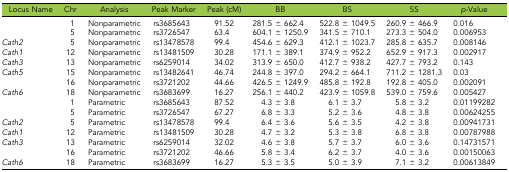
<table><thead><tr><td><b>Locus Name</b></td><td><b>Chr</b></td><td><b>Analysis</b></td><td><b>Peak Marker</b></td><td><b>Peak (cM)</b></td><td><b>BB</b></td><td><b>BS</b></td><td><b>SS</b></td><td><b><i>p</i>-Value</b></td></tr></thead><tbody><tr><td></td><td>1</td><td>Nonparametric</td><td>rs3685643</td><td>91.52</td><td>281.5 ± 662.4</td><td>522.8 ± 1049.5</td><td>260.9 ± 466.9</td><td>0.016</td></tr><tr><td></td><td>5</td><td>Nonparametric</td><td>rs3726547</td><td>63.4</td><td>604.1 ± 1250.9</td><td>341.5 ± 710.1</td><td>273.3 ± 504.0</td><td>0.006953</td></tr><tr><td><i>Cath2</i></td><td>5</td><td>Nonparametric</td><td>rs13478578</td><td>99.4</td><td>454.6 ± 629.3</td><td>412.1 ± 1023.7</td><td>285.8 ± 635.7</td><td>0.008146</td></tr><tr><td><i>Cath1</i></td><td>12</td><td>Nonparametric</td><td>rs13481509</td><td>30.28</td><td>171.1 ± 389.1</td><td>374.9 ± 952.2</td><td>652.9 ± 917.3</td><td>0.002917</td></tr><tr><td><i>Cath3</i></td><td>13</td><td>Nonparametric</td><td>rs6259014</td><td>34.02</td><td>313.9 ± 650.0</td><td>412.7 ± 938.2</td><td>427.7 ± 793.2</td><td>0.143</td></tr><tr><td><i>Cath5</i></td><td>15</td><td>Nonparametric</td><td>rs13482641</td><td>46.74</td><td>244.8 ± 397.0</td><td>294.2 ± 664.1</td><td>711.2 ± 1281.3</td><td>0.03</td></tr><tr><td></td><td>16</td><td>Nonparametric</td><td>rs3721202</td><td>44.66</td><td>426.5 ± 1249.9</td><td>485.8 ± 192.8</td><td>192.8 ± 405.0</td><td>0.002091</td></tr><tr><td><i>Cath6</i></td><td>18</td><td>Nonparametric</td><td>rs3683699</td><td>16.27</td><td>256.1 ± 440.2</td><td>423.9 ± 1059.8</td><td>539.0 ± 759.6</td><td>0.005427</td></tr><tr><td></td><td>1</td><td>Parametric</td><td>rs3685643</td><td>87.52</td><td>4.3 ± 3.8</td><td>6.1 ± 3.7</td><td>5.8 ± 3.2</td><td>0.01199282</td></tr><tr><td></td><td>5</td><td>Parametric</td><td>rs3726547</td><td>67.27</td><td>6.8 ± 3.3</td><td>5.2 ± 3.6</td><td>4.8 ± 3.8</td><td>0.00624255</td></tr><tr><td><i>Cath2</i></td><td>5</td><td>Parametric</td><td>rs13478578</td><td>99.4</td><td>6.4 ± 3.6</td><td>5.6 ± 3.5</td><td>4.2 ± 3.8</td><td>0.00941731</td></tr><tr><td><i>Cath1</i></td><td>12</td><td>Parametric</td><td>rs13481509</td><td>30.28</td><td>4.7 ± 3.2</td><td>5.3 ± 3.8</td><td>6.8 ± 3.8</td><td>0.00787988</td></tr><tr><td><i>Cath3</i></td><td>13</td><td>Parametric</td><td>rs6259014</td><td>32.02</td><td>4.6 ± 3.8</td><td>5.7 ± 3.7</td><td>6.0 ± 3.6</td><td>0.14731571</td></tr><tr><td></td><td>16</td><td>Parametric</td><td>rs3721202</td><td>46.66</td><td>5.8 ± 3.4</td><td>6.2 ± 3.7</td><td>4.0 ± 3.6</td><td>0.00150063</td></tr><tr><td><i>Cath6</i></td><td>18</td><td>Parametric</td><td>rs3683699</td><td>16.27</td><td>5.3 ± 3.5</td><td>5.0 ± 3.9</td><td>7.1 ± 3.2</td><td>0.00613849</td></tr></tbody></table>